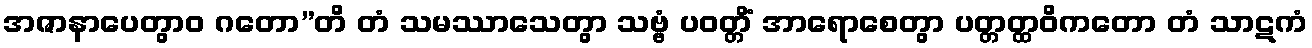
အဇာနာပေတွာဝ ဂတော”တိ တံ သမဿာသေတွာ သဗ္ဗံ ပဝတ္တိံ အာရောစေတွာ ပတ္တတ္ထဝိကတော တံ သာဋကံ